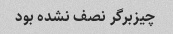
چیزبرگر نصف نشده بود